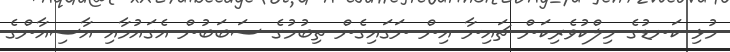
މުޅި ކަނޑުގެ މިލްކުވެރިކަން ޗައިނާ އިން ނަގައިގެން ތިބުމުގެ ސަބަބުން އެގައުމާއި އާސިއާންގެ